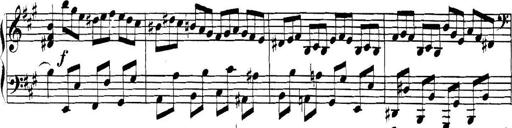
Title: Collected Piano Sonatas
Composer: Muzio Clementi